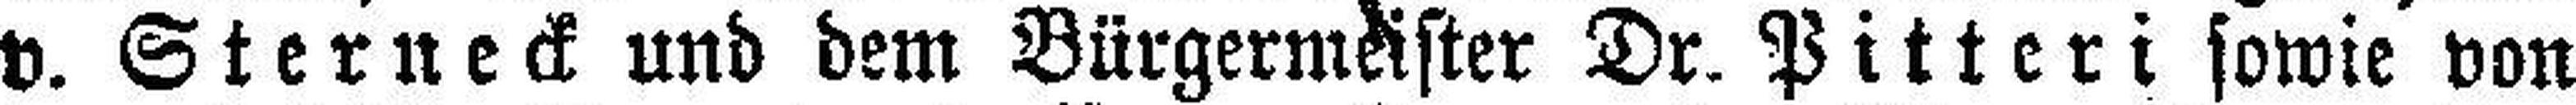
v. Sterneck und dem Bürgermeister Dr. Pitteri sowie von